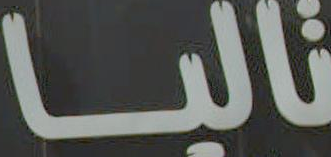
تاليا